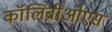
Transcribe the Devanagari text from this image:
कॉलिब्रीओएस